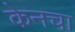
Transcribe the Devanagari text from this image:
केनचा